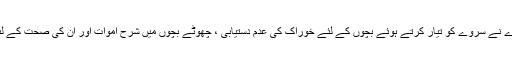
اس سروے کو تیار کرنے والے ادارے نے سروے کو تیار کرتے ہوئے بچوں کے لئے خوراک کی عدم دستیابی ، چھوٹے بچوں میں شرح اموات اور ان کی صحت کے لئے دستیاب سہولتوں کو مدنظر رکھا۔